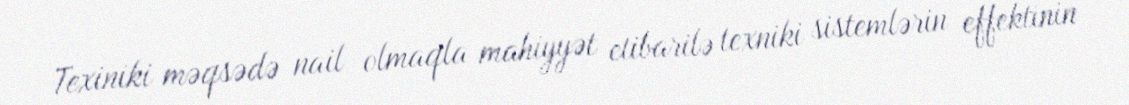
Texiniki məqsədə nail olmaqla mahiyyət etibarilə texniki sistemlərin effektinin